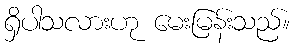
ရှိပါသလားဟု မေးမြန်းသည်။